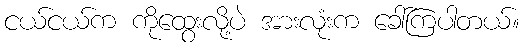
ငယ်ငယ်က ကိုထွေးလို့ပဲ အားလုံးက ခေါ်ကြပါတယ်။